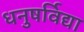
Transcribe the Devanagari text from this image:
धनुषर्विद्या